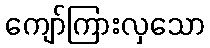
ကျော်ကြားလှသော